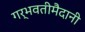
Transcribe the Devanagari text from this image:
गर्भवतीमैदानी